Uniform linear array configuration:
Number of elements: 24
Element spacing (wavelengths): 0.5
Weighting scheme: hann
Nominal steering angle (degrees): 60
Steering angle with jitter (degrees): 61.12
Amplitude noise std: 0.05
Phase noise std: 0.05

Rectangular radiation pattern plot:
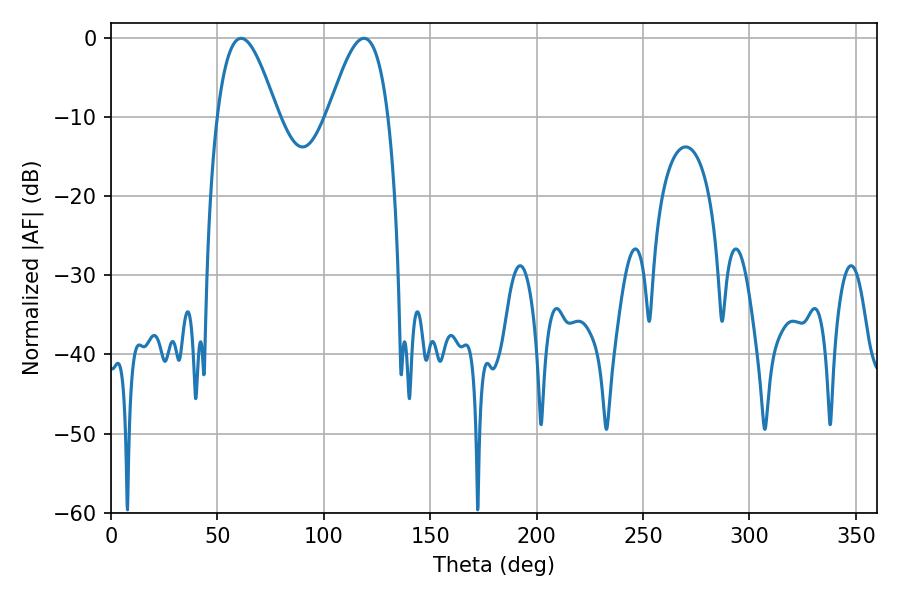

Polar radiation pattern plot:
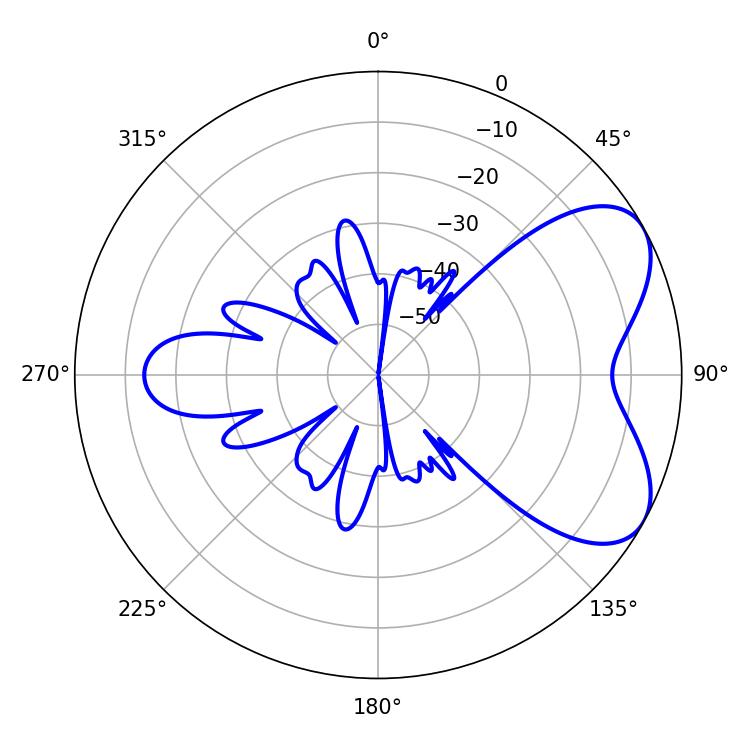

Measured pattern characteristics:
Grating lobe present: FALSE
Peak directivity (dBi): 5.891
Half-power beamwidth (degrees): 15.3
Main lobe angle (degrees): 61.2